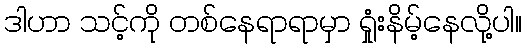
ဒါဟာ သင့်ကို တစ်နေရာရာမှာ ရှုံးနိမ့်နေလို့ပါ။